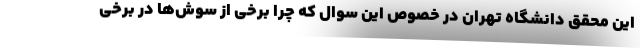
این محقق دانشگاه تهران در خصوص این سوال که چرا برخی از سوش‌ها در برخی